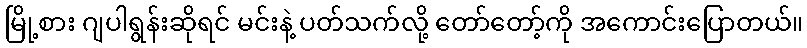
မြို့စား ဂျပါရွန်းဆိုရင် မင်းနဲ့ ပတ်သက်လို့ တော်တော့်ကို အကောင်းပြောတယ်။